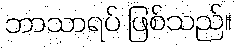
ဘာသာရပ် ဖြစ်သည်။